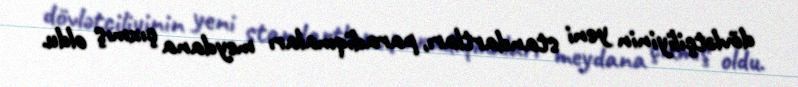
dövlətçiliyinin yeni standartları, paradiqmaları meydana çıxmış oldu.